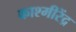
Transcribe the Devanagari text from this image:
काश्मीरेंद्र